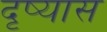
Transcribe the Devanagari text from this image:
दृष्यास